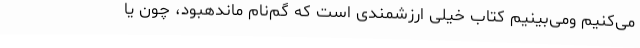
می‌کنیم ومی‌بینیم کتاب خیلی ارزشمندی است که گم‌نام ماندهبود، چون یا